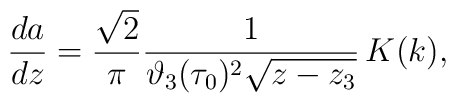
\frac{da}{ dz}= \frac{\sqrt{2}}{\pi} \frac{1}{\vartheta_{3}(\tau_0)^{2}\sqrt{z-z_{3}}}\,K(k),